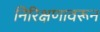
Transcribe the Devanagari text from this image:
निरिक्षणावरून